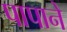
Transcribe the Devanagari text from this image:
पापाने